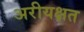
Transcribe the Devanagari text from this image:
अरीयक्षत